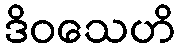
ဒိဝသေဟိ